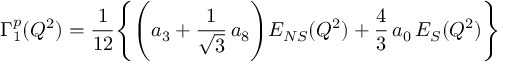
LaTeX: \Gamma _ { 1 } ^ { p } ( Q ^ { 2 } ) = { \frac { 1 } { 1 2 } } \Biggl \{ \Biggl ( a _ { 3 } + { \frac { 1 } { \sqrt 3 } } \, a _ { 8 } \Biggl ) E _ { N S } ( Q ^ { 2 } ) + { \frac { 4 } { 3 } } \, a _ { 0 } \, E _ { S } ( Q ^ { 2 } ) \Biggl \}